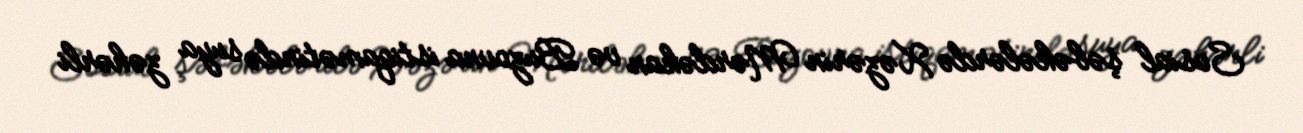
Sosial şəbəkələrdə Xəzərin Mərdəkan və Buzovna istiqamətində suya zəhərli